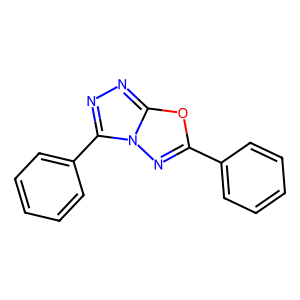
SMILES: c1ccc(-c2nn3c(-c4ccccc4)nnc3o2)cc1
Inhibits HIV replication: No